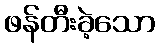
ဖန်တီးခဲ့သော